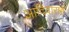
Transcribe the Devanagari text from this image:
आदिवाराह